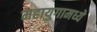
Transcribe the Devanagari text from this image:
महायुगामध्ये